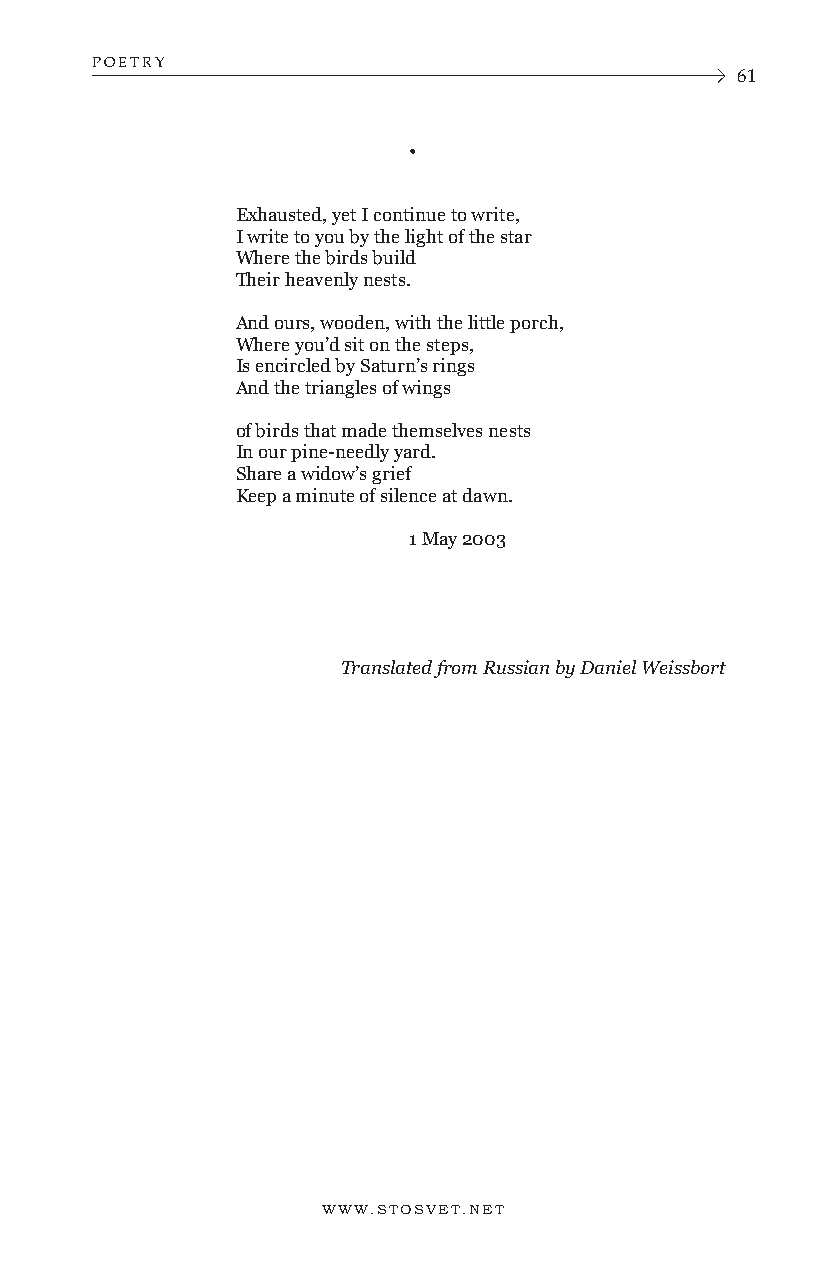
POETRY
 61
 •
 Exhausted, yet I continue to write,
 I write to you by the light of the star
 Where the birds build
 Their heavenly nests.
 And ours, wooden, with the little porch,
 Where you’d sit on the steps,
 Is encircled by Saturn’s rings
 And the triangles of wings
 of birds that made themselves nests
 In our pine-needly yard.
 Share a widow’s grief
 Keep a minute of silence at dawn.
 1 May 2003
 Translated from Russian by Daniel Weissbort
 WWW.STOSVET.NET      WWW.STOSVET.NET